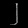
Digit: ၂